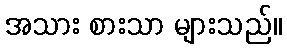
အသား စားသာ များသည်။